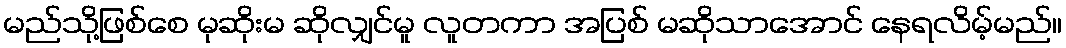
မည်သို့ဖြစ်စေ မုဆိုးမ ဆိုလျှင်မူ လူတကာ အပြစ် မဆိုသာအောင် နေရလိမ့်မည်။